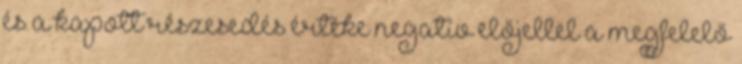
és a kapott részesedés értéke negatív előjellel a megfelelő